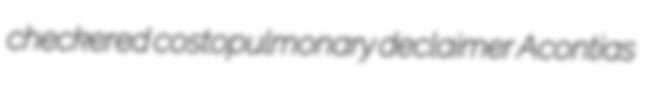
checkered costopulmonary declaimer Acontias